Report on the working of the Ranchi Indian Mental Hospital, Kanke, in Bihar and Orissa - 1930-1940
Year: 1930
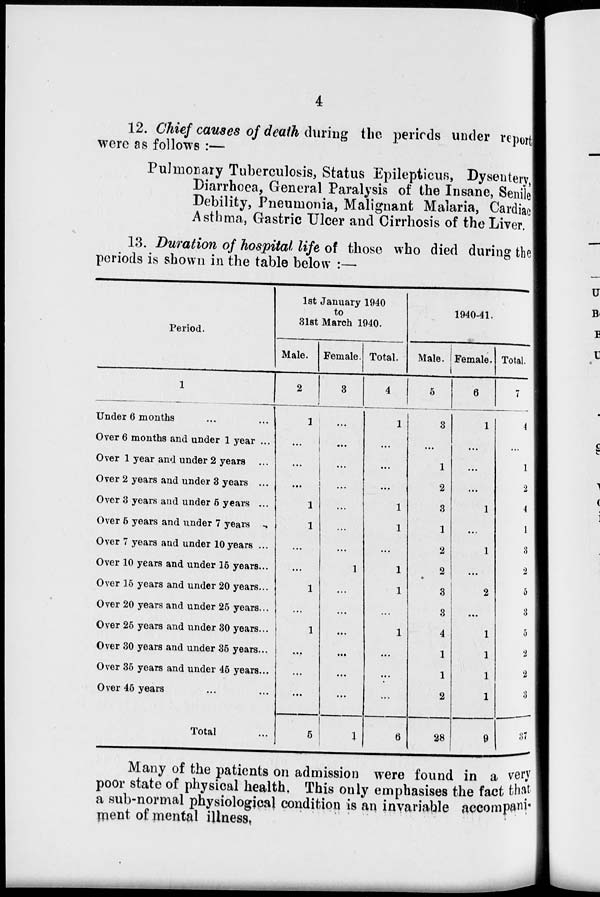
4
12. Chief causes of death during the periods under report
were as follows :—
Pulmonary Tuberculosis, Status Epiletpicus, Dysentery,
Diarrhoea, General Paralysis of the Insane, Senile
Debility, Pneumonia, Malignant Malaria, Cardiac
Asthma, Gastric Ulcer and Cirrhosis of the Liver.
13. Duration of hospital life of those who died during the
periods is shown in the table below :—
Period.
1
Under 6 months
...
...
Over 6 months and under 1 year ...
Over 1 year and under 2 years
Over 2 years and under 3 years ...
Over 3 years and under 5 years ...
Over 6 years and under 7 years ...
Over 7 years and under 10 years ...
Over 10 years and under 15 years...
Over 15 years and under 20 years...
Over 20 years and under 25 years...
Over 25 years and under 30 years...
Over 30 years and under 35 years...
Over 35 years and under 46 years...
Over 46 years ... ...
Total...
1st January 1940
to
31st March 1940.
Male.
2
1
...
...
...
1
1
...
...
1
...
1
....
...
...
5
Female.
3
...
...
...
...
...
...
...
1
...
...
...
...
...
...
1
Total.
4
1
...
...
...
1
1
...
1
1
...
1
...
...
...
6
1940-41.
Male.
5
3
...
1
2
3
1
2
2
3
3
4
1
1
2
28
Female.
6
1
...
...
...
1
...
1
...
2
...
1
1
1
1
9
Total.
7
4
...
1
2
4
1
3
2
5
3
5
2
2
3
37
Many of the patients on admission were found in a very
poor state of physical health. This only emphasises the fact that
a sub-normal physiological condition is an invariable accompani-
ment of mental illness.